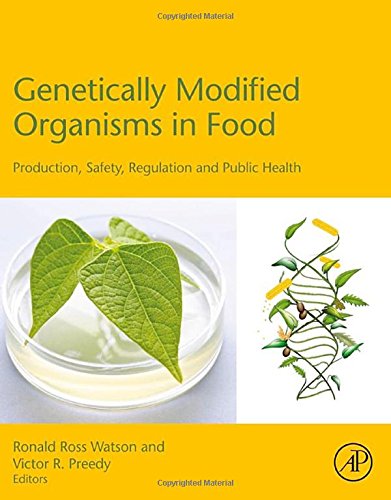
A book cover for Genetically Modified Organisms in Food: Production, Safety, Regulation and Public Health; Ronald Ross Watson; Health, Fitness & Dieting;